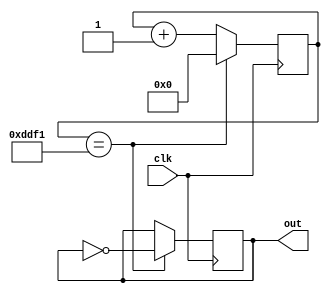
module squareWave (clk, out);
  parameter desiredFreq = 440;
  parameter clkFreq = 50000000;
  // To get desired frequency out, we need to divide the clock
  // frequency.  However, because we will not always be dividing
  // by a power of 2, we can create a counter that counts up 
  // twice as fast as desired and toggle the output whenever
  // the counter reaches its maximum to get a 50% duty cycle
  // square wave at the desired frequency.
  parameter clkDivider = clkFreq/desiredFreq/2;

  input clk;
  output reg out;
  initial out = 0;

  // Oversizing because why not
  reg[31:0] counter;
  initial counter = 0;

  always @(posedge clk) begin
    if (counter == clkDivider-1) begin
      counter <= 0;
      out <= ~out;
    end else begin
      counter <= counter + 1;
    end
  end
endmodule


// module testSquareWave;
//     reg clk;
//     initial clk = 0;
//     always #10 clk = ~clk;

//     wire outG;
//     squareWave #(392) G4 (clk, outG);
//     wire outA;
//     squareWave #(440) A4 (clk, outA);
//     wire outB;
//     squareWave #(494) B4 (clk, outB);
//     wire outC;
//     squareWave #(523) C5 (clk, outC);
//     wire outD;
//     squareWave #(587) D5 (clk, outD);
// endmodule

module squareWaveBringup(clk, sw, gpioBank1);
  input clk;
  input[7:0] sw;
  output[3:0] gpioBank1;

  wire outG;
  squareWave #(392) G4 (clk, outG);
  assign gpioBank1[0] = outG & sw[7];

  wire outA;
  squareWave #(440) A4 (clk, outA);
  assign gpioBank1[1] = outA & sw[6];

  wire outB;
  squareWave #(494) B4 (clk, outB);
  assign gpioBank1[2] = outB & sw[5];

  wire outC;
  squareWave #(523) C4 (clk, outC);
  assign gpioBank1[3] = outC & sw[4];

endmodule